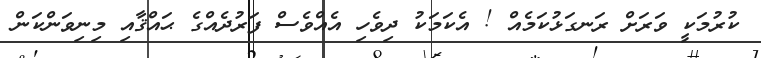
ކުރުމަކީ ވަރަށް ރަނގަޅުކަމެއް ! އެކަމަކު ދިވެހި އެއްވެސް ފަރުދެއްގެ ޙައްޤާއި މިނިވަންކަން